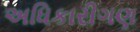
અધિકારીગણ